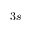
3 s